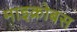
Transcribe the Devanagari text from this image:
माइक्रोबस